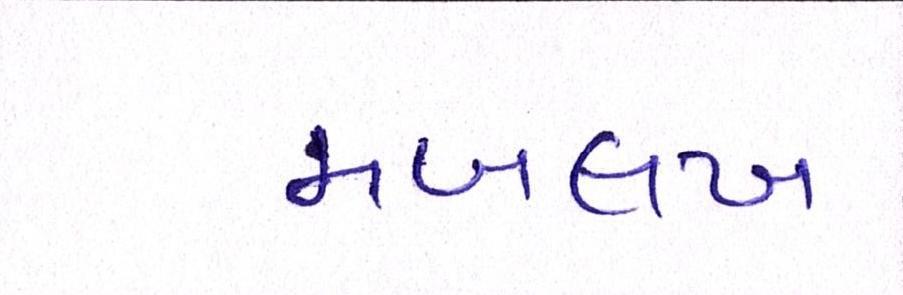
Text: મબલખ